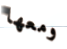
ومعها